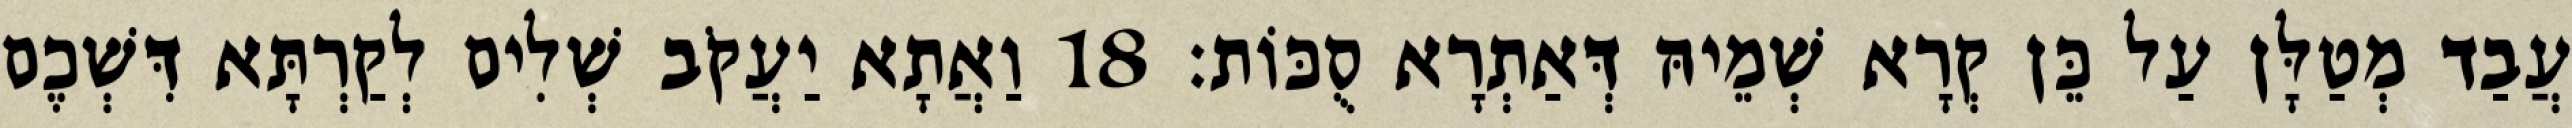
עֲבַד מְטַלָּן עַל כֵּן קְרָא שְׁמֵיהּ דְּאַתְרָא סֻכּוֹת׃ 18 וַאֲתָא יַעֲקֹב שְׁלִים לְקַרְתָּא דִּשְׁכֶם